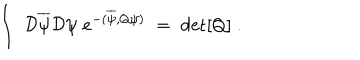
LaTeX: \int \; { \cal D } \overline { { { \psi } } } { \cal D } \psi \; e ^ { - ( \overline { { { \psi } } } , Q \psi ) } \; = \; \mathrm { d e t } [ Q ] \; .